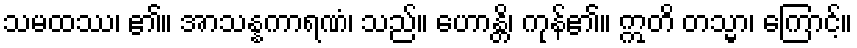
သမထဿ၊ ၏။ အာသန္နကာရဏံ၊ သည်။ ဟောန္တိ၊ ကုန်၏။ ဣတိ တသ္မာ၊ ကြောင့်။